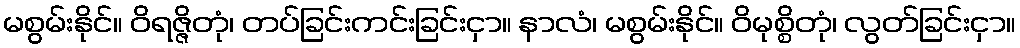
မစွမ်းနိုင်။ ဝိရဇ္ဇိတုံ၊ တပ်ခြင်းကင်းခြင်းငှာ။ နာလံ၊ မစွမ်းနိုင်။ ဝိမုစ္စိတုံ၊ လွတ်ခြင်းငှာ။